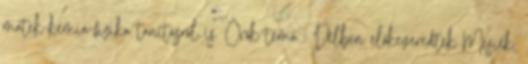
matek-kémia-fizika tanításról is. Örök téma : Délben előkeveredtek Mesiék,